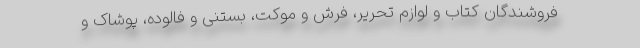
فروشندگان کتاب و لوازم تحریر، فرش و موکت، بستنی و فالوده، پوشاک و